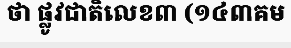
ថា ផ្លូវជាតិលេខ៣ (១៤៣គម